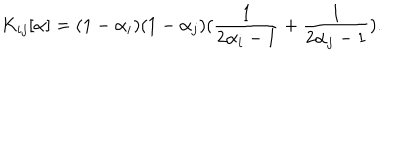
LaTeX: K _ { i j } [ \alpha ] = ( 1 - \alpha _ { i } ) ( 1 - \alpha _ { j } ) ( \frac { 1 } { 2 \alpha _ { i } - 1 } + \frac { 1 } { 2 \alpha _ { j } - 1 } ) .